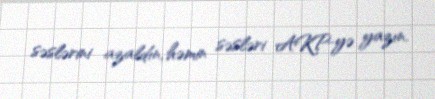
səslərini azaldın, həmin səsləri AKP-yə yazın.